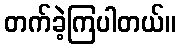
တက်ခဲ့ကြပါတယ်။